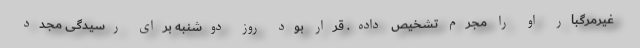
غیرمرگبار او را مجرم تشخیص داده. قرار بود روز دوشنبه برای رسیدگی مجدد